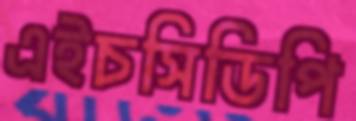
এইচসিডিপি